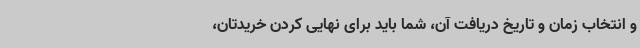
و انتخاب زمان و تاریخ دریافت آن، شما باید برای نهایی کردن خریدتان،